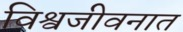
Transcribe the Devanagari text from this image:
विश्वजीवनात